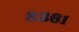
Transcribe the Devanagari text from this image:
८३६१